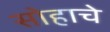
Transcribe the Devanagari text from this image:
सोहाचे